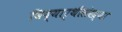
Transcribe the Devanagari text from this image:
विद्यार्थीसंख्या